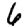
Digit: 6